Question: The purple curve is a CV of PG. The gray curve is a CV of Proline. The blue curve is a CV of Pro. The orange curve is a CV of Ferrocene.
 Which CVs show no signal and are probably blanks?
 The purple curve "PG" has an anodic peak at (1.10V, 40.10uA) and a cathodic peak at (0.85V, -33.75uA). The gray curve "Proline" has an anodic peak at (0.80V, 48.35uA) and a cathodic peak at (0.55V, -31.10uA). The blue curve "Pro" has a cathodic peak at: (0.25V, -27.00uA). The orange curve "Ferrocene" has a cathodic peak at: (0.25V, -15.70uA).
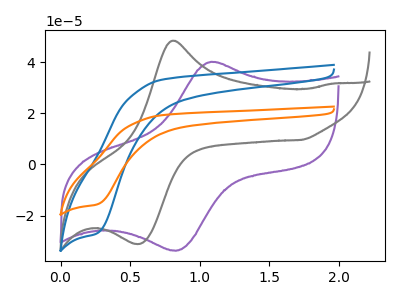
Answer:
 <answer>There are not any CV's on this graph that are likely to be blanks.</answer>
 <eval>none</eval>